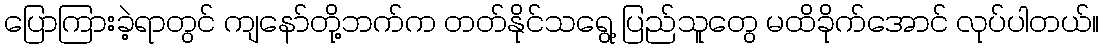
ပြောကြားခဲ့ရာတွင် ကျနော်တို့ဘက်က တတ်နိုင်သရွေ့ ပြည်သူတွေ မထိခိုက်အောင် လုပ်ပါတယ်။